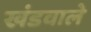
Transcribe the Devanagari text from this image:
खंडवाले